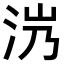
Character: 𣲸